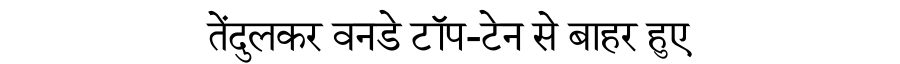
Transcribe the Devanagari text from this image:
तेंदुलकर वनडे टॉप-टेन से बाहर हुए